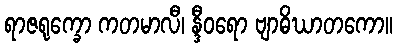
ရာဇရုက္ခော ကတမာလီ၊ န္ဒီဝရော ဗျာဓိဃာတကော။